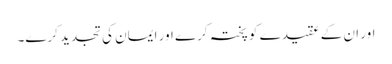
اور ان کے عقیدے کو پختہ کرے اور ایمان کی تجدید کرے۔